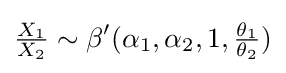
{\tfrac {X_{1}}{X_{2}}}\sim \beta '(\alpha _{1},\alpha _{2},1,{\tfrac {\theta _{1}}{\theta _{2}}})